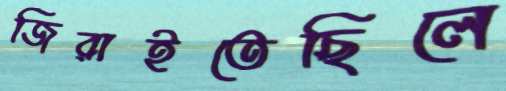
জিরাইতেছিলে